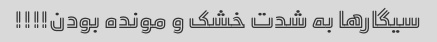
سیگارها به شدت خشک و مونده بودن!!!!